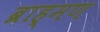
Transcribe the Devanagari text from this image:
ब्राह्‌मण